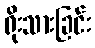
ရိုးသားခြင်း